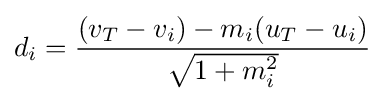
d_{i}={\frac {(v_{T}-v_{i})-m_{i}(u_{T}-u_{i})}{\sqrt {1+m_{i}^{2}}}}